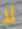
لا